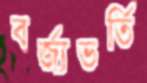
বর্জ্যভর্তি